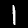
Label: 1